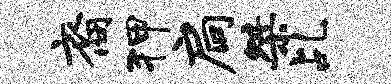
裔狎扃桀乩